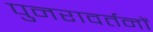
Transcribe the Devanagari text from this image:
पुनरावर्तनों